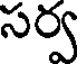
సర్వ